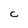
Character: C